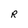
Character: R